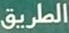
الطريق